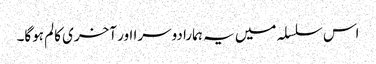
اس سلسلہ میں یہ ہمارا دوسرا اور آخری کالم ہوگا۔